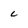
Character: c